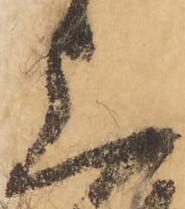
上